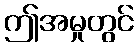
ဤအမှုတွင်